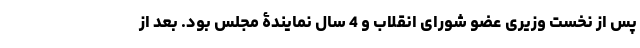
پس از نخست وزیری عضو شورای انقلاب و 4 سال نمایندۀ مجلس بود. بعد از